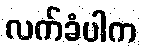
လက်ခံပါက